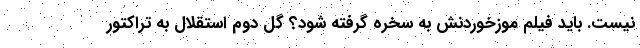
نیست. باید فیلم موزخوردنش به سخره گرفته شود؟ گل دوم استقلال به تراکتور